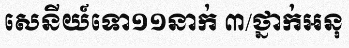
សេនីយ៍ទោ១១នាក់ ៣/ថ្នាក់អនុ